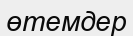
өтемдер